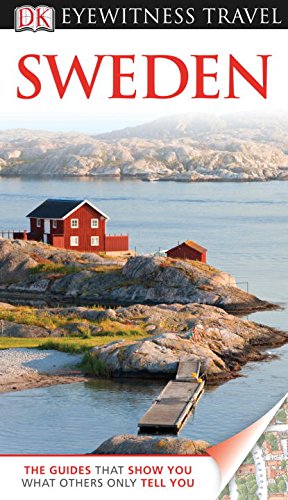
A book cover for DK Eyewitness Travel Guide: Sweden; DK; Travel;